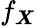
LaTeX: f_{\boldsymbol{X}}